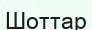
Шоттар